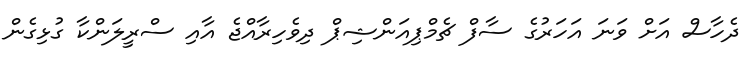
ދެހާސް އަށް ވަނަ އަހަރުގެ ސާފް ޗެމްޕިއަންޝިޕް ދިވެހިރާއްޖެ އާއި ސްރީލަންކާ ގުޅިގެން